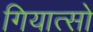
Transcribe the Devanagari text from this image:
गियात्सो